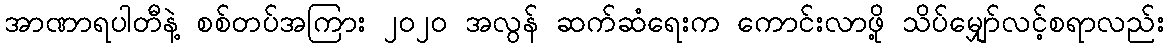
အာဏာရပါတီနဲ့ စစ်တပ်အကြား ၂၀၂၀ အလွန် ဆက်ဆံရေးက ကောင်းလာဖို့ သိပ်မျှော်လင့်စရာလည်း